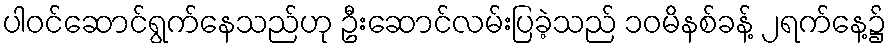
ပါဝင်ဆောင်ရွက်နေသည်ဟု ဦးဆောင်လမ်းပြခဲ့သည် ၁၀မိနစ်ခန့် ၂ရက်နေ့၌